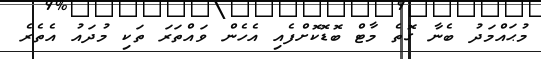
މުޙައްމަދު ބެނާ ގޮތެ މާޓް ބޮޑޮކޮށްފެއި އެހެން ވައްތަރަ ތަކި މުދައު އެތެރެ